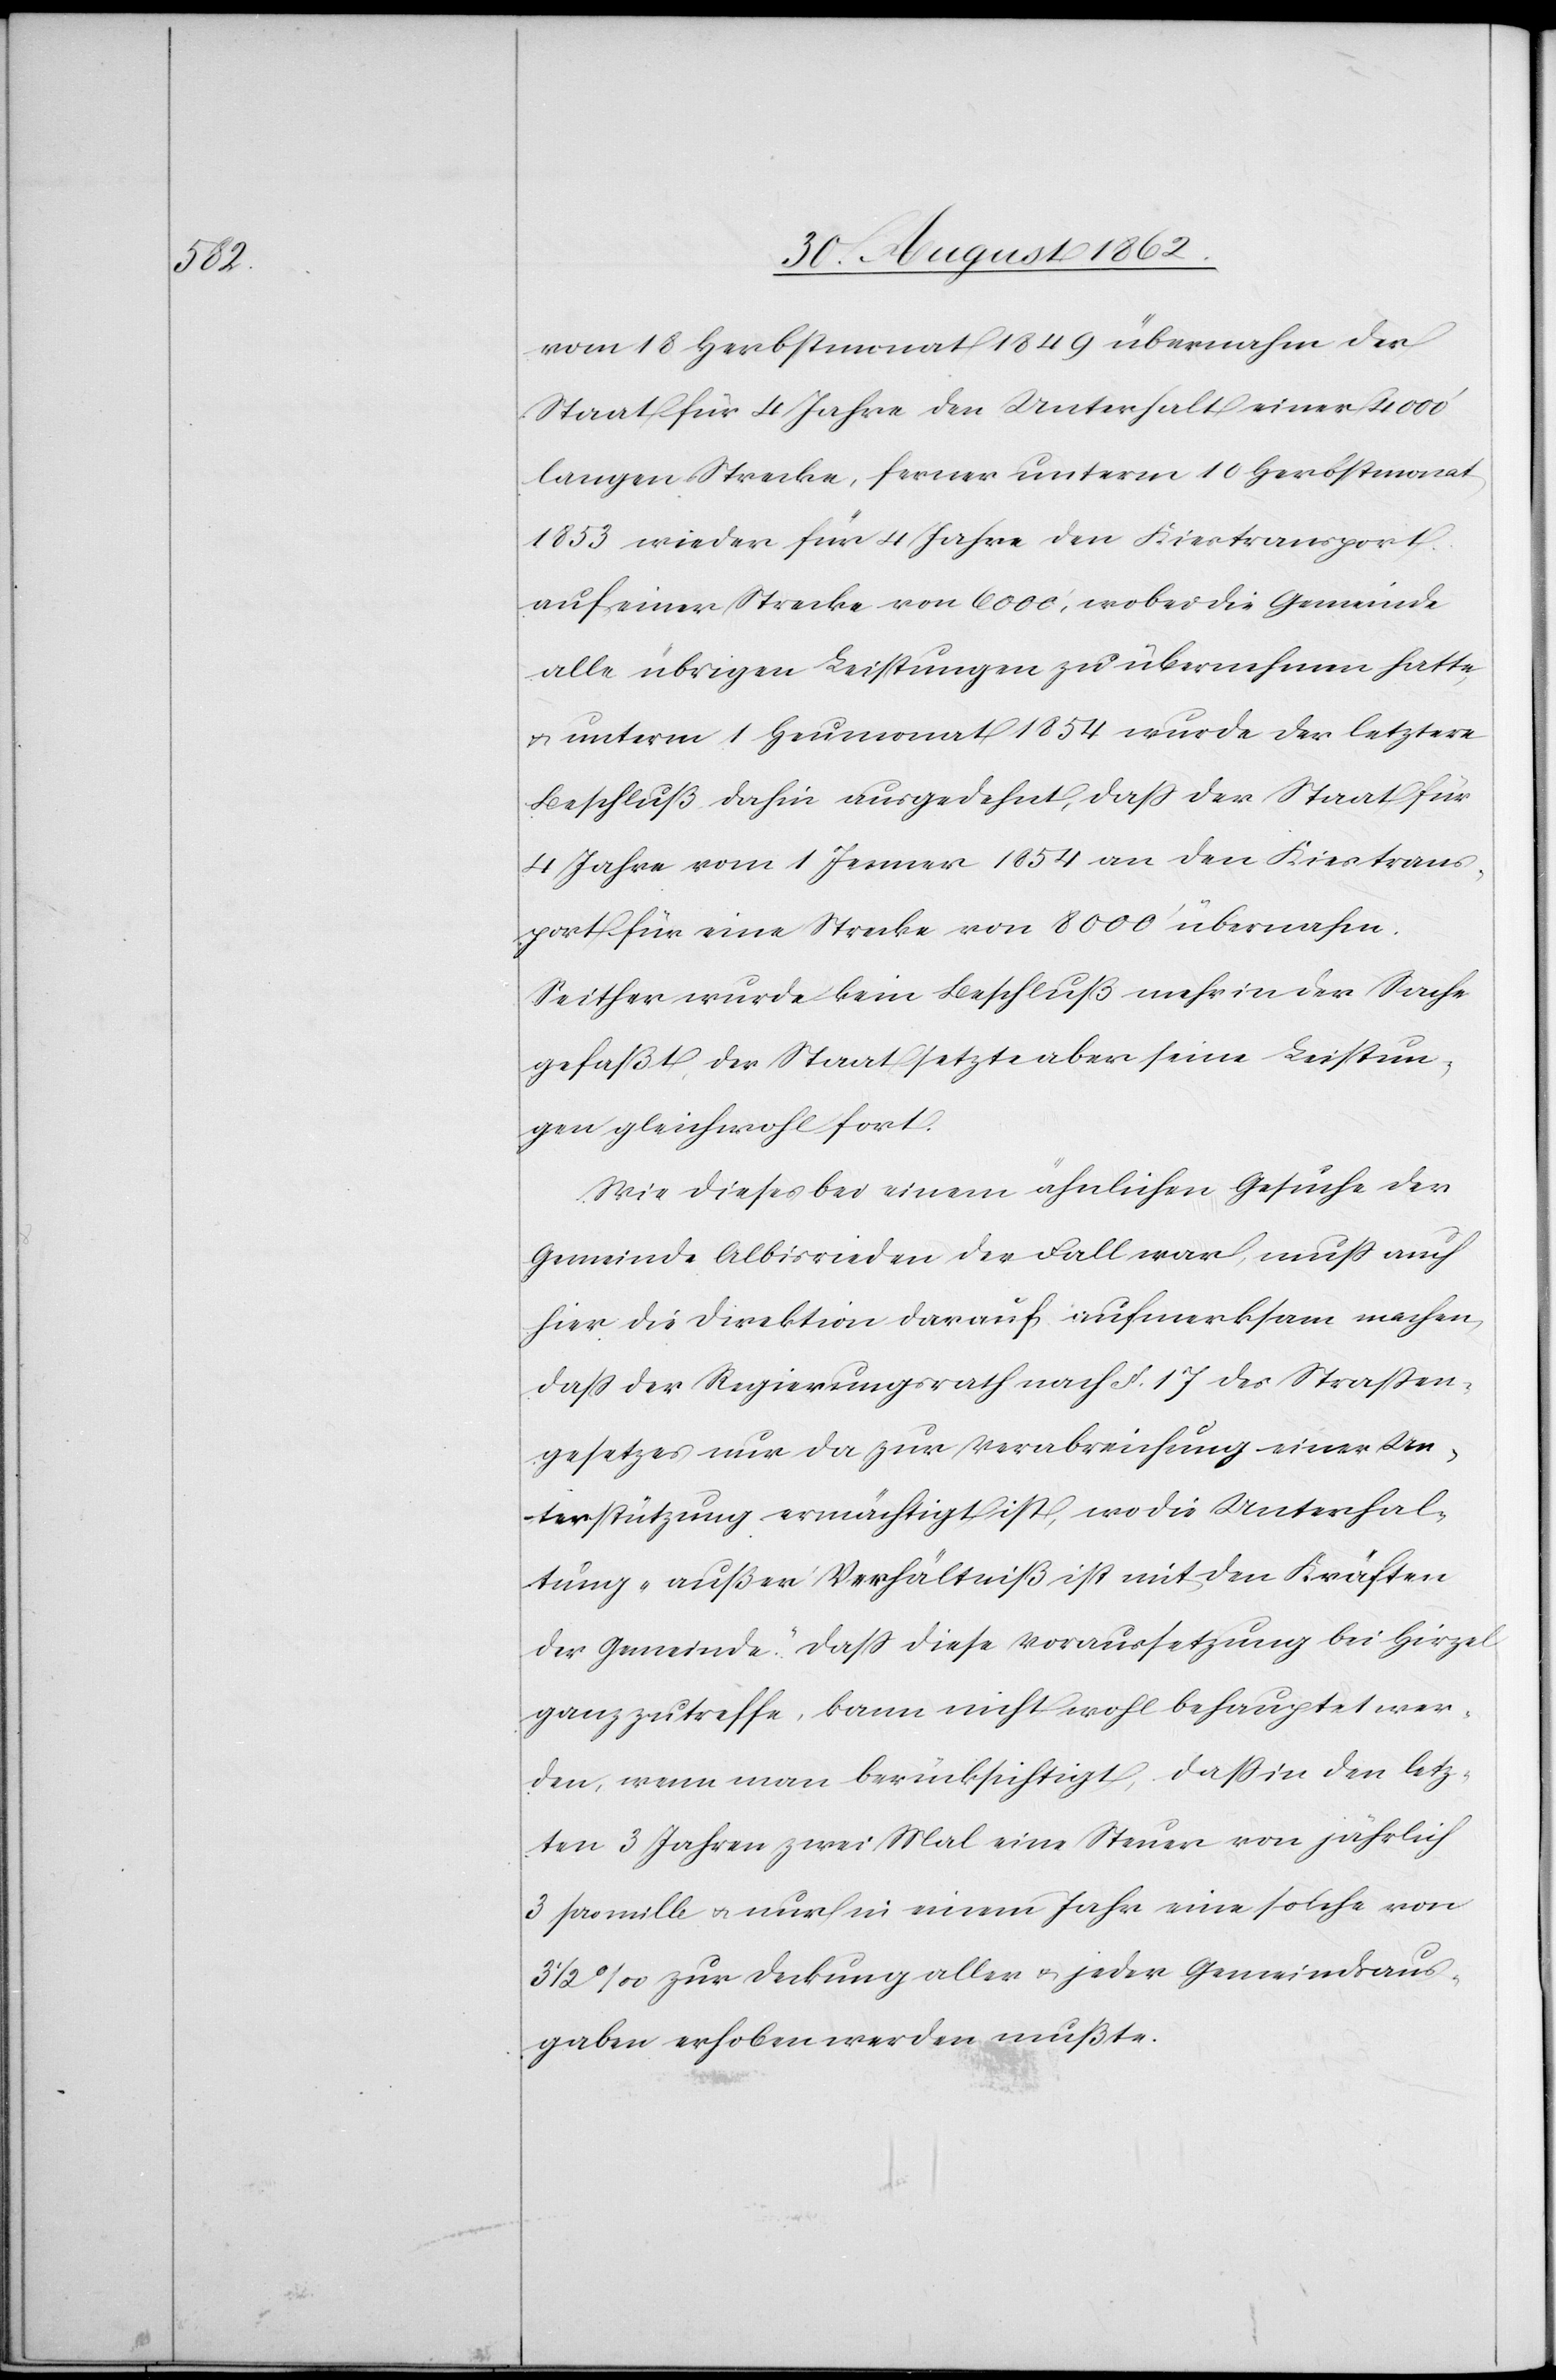
vom 18. Herbstmonat 1849 übernahm der
Staat für 4 Jahre den Unterhalt einer 4000’
langen Strecke, ferner unterm 10. Herbstmonat
1853 wieder für 4 Jahre den Kiestransport
auf einer Strecke von 6000’, wobei die Gemeinde
alle übrigen Leistungen zu übernehmen hatte
u. unterm 1. Heumonat 1854 wurde der letztere
Beschluß dahin ausgedehnt, daß der Staat für
4 Jahre vom 1. Jenner 1854 an den Kiestrans¬
port für eine Strecke von 8000’ übernahm.
Seither wurde kein Beschluß mehr in der Sache
gefaßt, der Staat setzte aber seine Leistun¬
gen gleichwohl fort.
Wie dieses bei einem ähnlichen Gesuche der
Gemeinde Albisrieden der Fall war, muß auch
hier die Direktion darauf aufmerksam machen,
daß der Regierungsrath nach §. 17 des Straßen¬
gesetzes nur da zur Verabreichung einer Un¬
terstützung ermächtigt ist, wo die Unterhal¬
tung „außer Verhältniß ist mit den Kräften
der Gemeinde“, daß diese Voraussetzung bei Hirzel
ganz zu treffe, kann nicht wohl behauptet wer¬
den, wenn man berücksichtigt, daß in den letz¬
ten 3 Jahren zwei Mal eine Steuer von jährlich
3 per mille u. nur in einem Jahr eine solche von
3 1/2‰ zur Deckung aller u. jeder Gemeindsaus¬
gaben erhoben werden mußte.